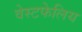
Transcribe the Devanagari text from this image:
वेस्टफेलिय